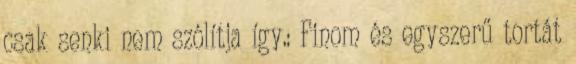
csak senki nem szólítja így.: Finom és egyszerű tortát